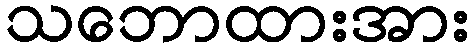
သဘောထားအား